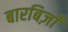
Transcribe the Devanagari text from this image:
बारबिज़ाँ